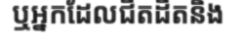
ឬអ្នកដែលជិតដិតនិង